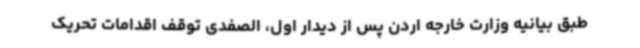
طبق بیانیه وزارت خارجه اردن پس از دیدار اول، الصفدی توقف اقدامات تحریک